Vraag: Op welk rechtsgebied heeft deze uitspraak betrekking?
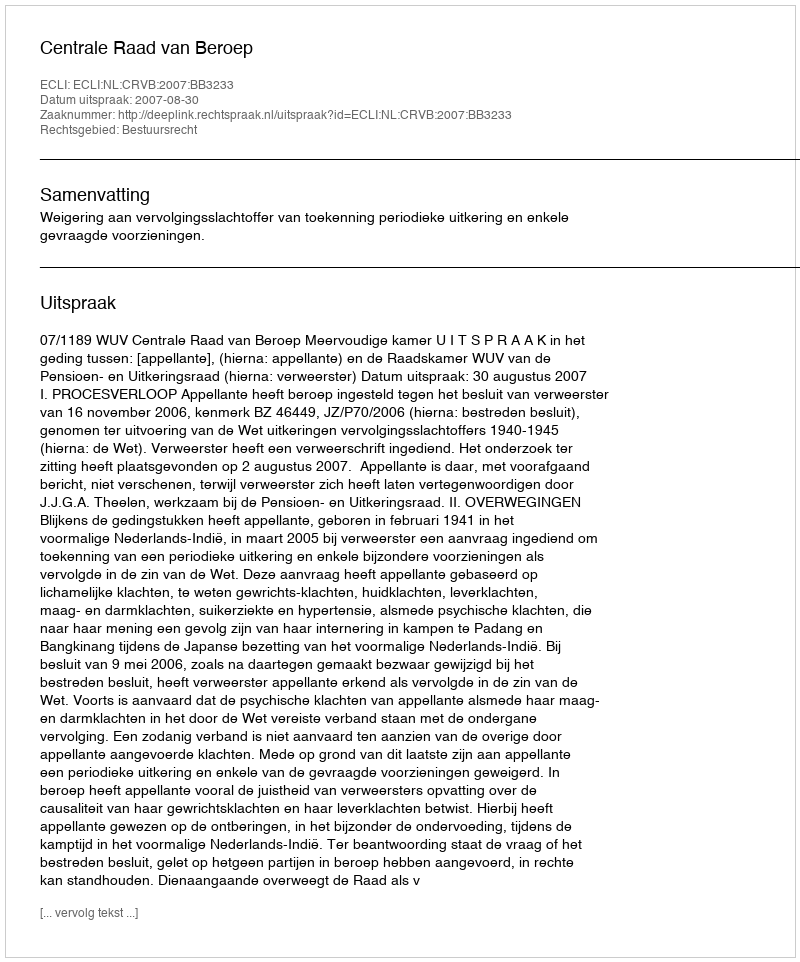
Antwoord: Bestuursrecht